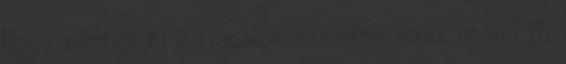
Hogy néztek ti a fiatalok szemébe ezek után? Mi